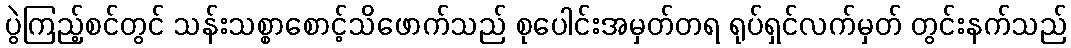
ပွဲကြည့်စင်တွင် သန်းသစ္စာစောင့်သိဖောက်သည် စုပေါင်းအမှတ်တရ ရုပ်ရှင်လက်မှတ် တွင်းနက်သည်